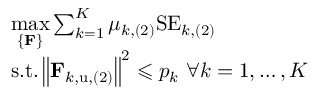
\begin{array} { r l } & { \underset { \left\{ \mathbf { F } \right\} } { \operatorname* { m a x } } \sum _ { k = 1 } ^ { K } { \mu _ { k , ( 2 ) } \mathrm { S E } _ { k , ( 2 ) } } } \\ & { \mathrm { s } . \mathrm { t } . \left\| \mathbf { F } _ { k , \mathrm { u } , ( 2 ) } \right\| ^ { 2 } \leqslant p _ { k } \, \, \forall k = 1 , \dots , K } \end{array}